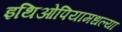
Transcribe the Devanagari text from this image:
इथिओपियामधल्या